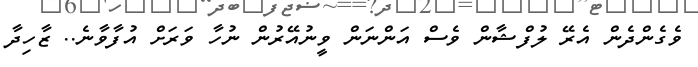
ވެގެންދެން އެރޭ ލުފްޝާން ވެސް އަންނަން ވީނުއޭރުން ނުހާ ވަރަށް އުފާވާނެ.. ޒާހިދާ